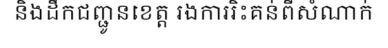
និងដឹកជញ្ជូនខេត្ត រងការរិះគន់ពីសំណាក់